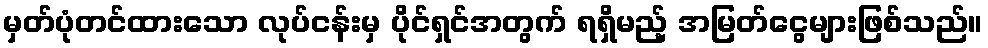
မှတ်ပုံတင်ထားသော လုပ်ငန်းမှ ပိုင်ရှင်အတွက် ရရှိမည့် အမြတ်ငွေများဖြစ်သည်။